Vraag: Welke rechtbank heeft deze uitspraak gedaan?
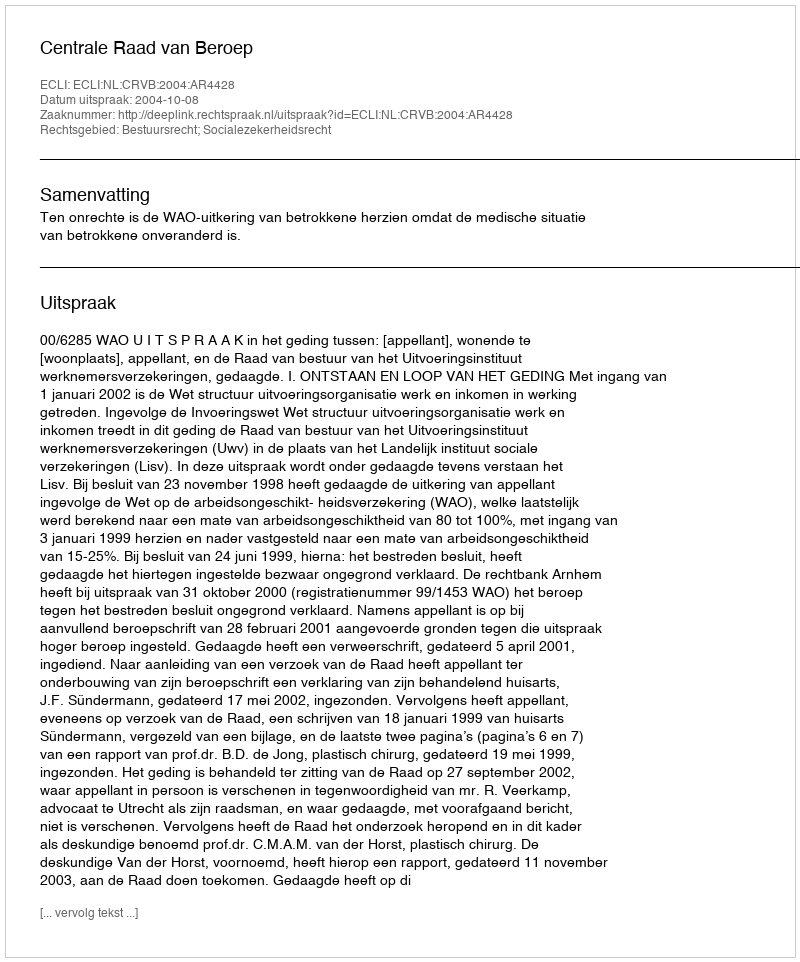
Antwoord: Centrale Raad van Beroep